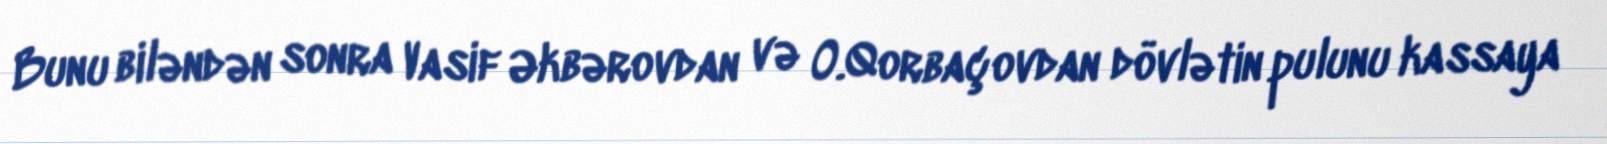
Bunu biləndən sonra Vasif Əkbərovdan və O.Qorbaçovdan dövlətin pulunu kassaya